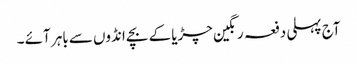
آج پہلی دفعہ رنگین چڑیا کے بچے انڈوں سے باہر آئے ۔